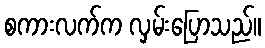
စကားလက်က လှမ်းပြောသည်။